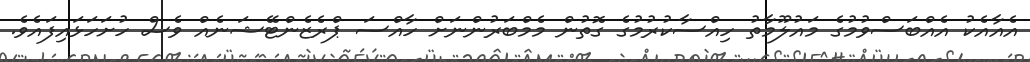
އެއާއެކު އެއްބަސްވުމުގެ މައުލޫމާތު ހިއްސާކުރުމުގެ ގޮތުން މެމްބަރުންނަށް ހާއްސަ ޕްރެޒެންޓޭޝަނެއް ވެސް ހުށަހަޅައިފައެެވެ.